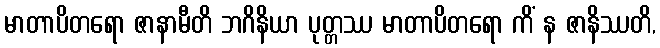
မာတာပိတရော ဇာနာမီတိ ဘဂိနိယာ ပုတ္တဿ မာတာပိတရော ကိံ န ဇာနိဿတိ,